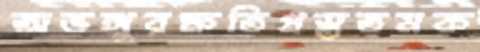
অভঙ্গুরক্ষতিগ্রস্ততমক